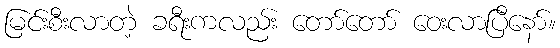
မြင်းစီးလာတဲ့ ခရီးကလည်း တော်တော် ဝေးလာပြီနော်။